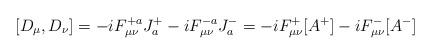
LaTeX: \begin{align*}[D_{\mu}, D_{\nu}] = -iF^{+a}_{\mu \nu} J^+_a - iF^{-a}_{\mu\nu} J^-_a = -iF^{+}_{\mu \nu}[A^+] - iF^{-}_{\mu \nu}[A^-]\end{align*}